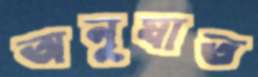
অনুযাত